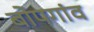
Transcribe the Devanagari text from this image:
बोपगांव